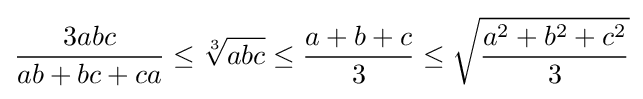
{\frac {3abc}{ab+bc+ca}}\leq {\sqrt[{3}]{abc}}\leq {\frac {a+b+c}{3}}\leq {\sqrt {\frac {a^{2}+b^{2}+c^{2}}{3}}}